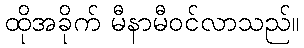
ထိုအခိုက် မီနာမီဝင်လာသည်။